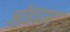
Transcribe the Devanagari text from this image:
अंडाभ